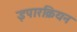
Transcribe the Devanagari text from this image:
इपारक्रियन